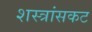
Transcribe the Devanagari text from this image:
शस्त्रांसकट